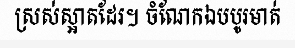
ស្រស់ស្អាតដែរ។ ចំណែកឯបបូរមាត់